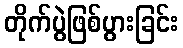
တိုက်ပွဲဖြစ်ပွားခြင်း